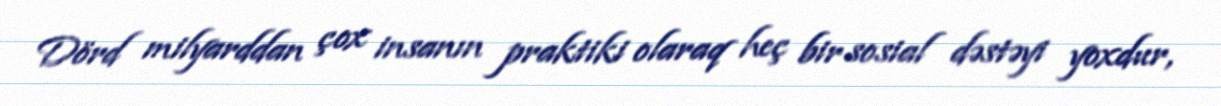
Dörd milyarddan çox insanın praktiki olaraq heç bir sosial dəstəyi yoxdur,